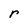
Character: r